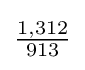
{\tfrac {1,312}{913}}